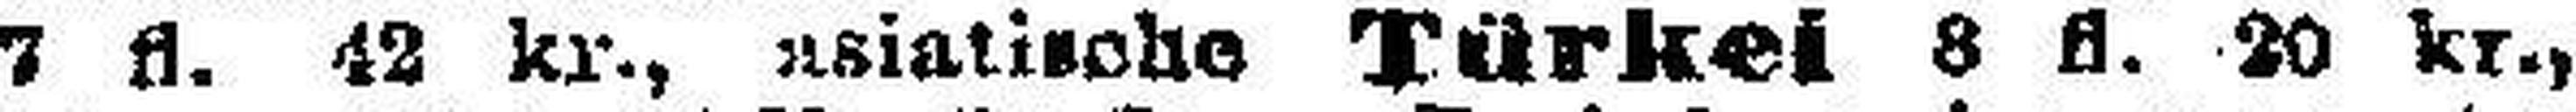
7 fl. 42 kr., asiatische Türkei 8 fl. 20 kr.,